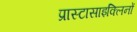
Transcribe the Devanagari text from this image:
प्रास्टासाइक्लिनों